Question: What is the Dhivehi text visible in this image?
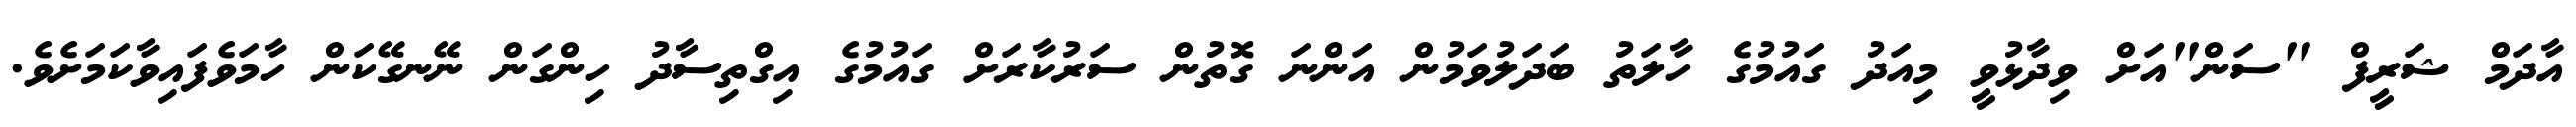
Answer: އާދަމް ޝަރީފް "ސަން"އަށް ވިދާޅުވީ މިއަދު ގައުމުގެ ހާލަތު ބަދަލުވަމުން އަންނަ ގޮތުން ސަރުކާރަށް ގައުމުގެ އިގްތިސާދު ހިންގަން ނޭނގޭކަން ހާމަވެފައިވާކަމަށެވެ.